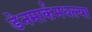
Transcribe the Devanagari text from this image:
डेनमार्कमधल्या